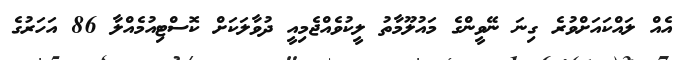
އެއް ލައްކައަށްވުރެ ގިނަ ނޭވީންގެ މައުލޫމާތު ލީކުވެއްޖެމިއީ ދުވާލަކަށް ކޮސްޓިއުމެއްލާ 86 އަހަރުގެ